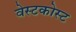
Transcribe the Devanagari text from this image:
वेस्टकोस्ट